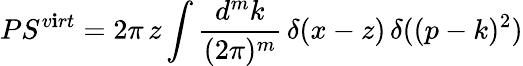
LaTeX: PS^{v\mathbf{i}rt}=2\pi\, z\int\frac{{d^{m}k}}{{(2\pi)^{m}}}\, \delta(x-z)\, \delta((p-k)^{2})